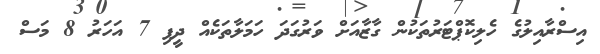
އިސްރާއިލުގެ ހެލިކޮޕްޓަރުތަކުން ގާޒާއަށް ވަރުގަދަ ހަމަލާތަކެއް ދީފި 7 އަހަރު 8 މަސް